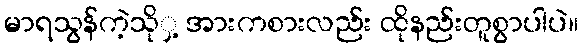
မာရသွန်ကဲ့သိုှ့ အားကစားလည်း ထိုနည်းတူစွာပါပဲ။